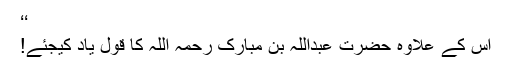
‘‘
اس کے علاوہ حضرت عبداللہ بن مبارک رحمہ اللہ کا قول یاد کیجئے!